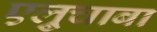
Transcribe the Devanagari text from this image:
एल्रुचाबा